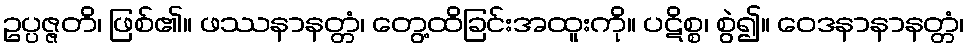
ဥပ္ပဇ္ဇတိ၊ ဖြစ်၏။ ဖဿနာနတ္တံ၊ တွေ့ထိခြင်းအထူးကို။ ပဋိစ္စ၊ စွဲ၍။ ဝေဒနာနာနတ္တံ၊